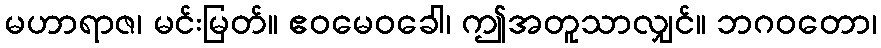
မဟာရာဇ၊ မင်းမြတ်။ ဧဝမေဝခေါ၊ ဤအတူသာလျှင်။ ဘဂဝတော၊